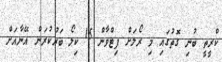
ކްރީތީ ބުނި ގޮތުގައި މި ރޯލަށް ފިޓްވާން 15 ކިލޯ ބަރުކުރަން އޭނާއަށް